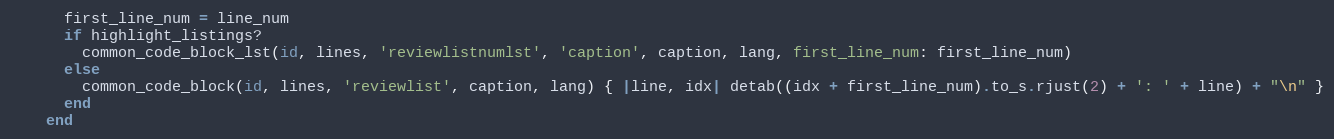
Language: Ruby
      first_line_num = line_num
      if highlight_listings?
        common_code_block_lst(id, lines, 'reviewlistnumlst', 'caption', caption, lang, first_line_num: first_line_num)
      else
        common_code_block(id, lines, 'reviewlist', caption, lang) { |line, idx| detab((idx + first_line_num).to_s.rjust(2) + ': ' + line) + "\n" }
      end
    end